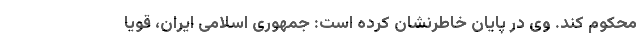
محکوم کند. وی در پایان خاطرنشان کرده است: جمهوری اسلامی ایران، قویا